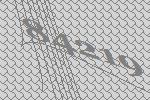
84219